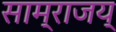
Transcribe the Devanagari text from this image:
साम्राजय्